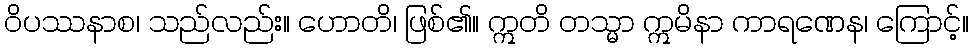
ဝိပဿနာစ၊ သည်လည်း။ ဟောတိ၊ ဖြစ်၏။ ဣတိ တသ္မာ ဣမိနာ ကာရဏေန၊ ကြောင့်။